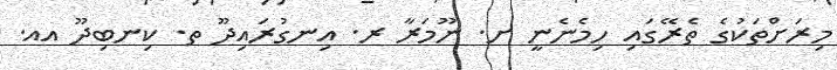
މިރަށްތަކުގެ ތެރޭގައި ހިމެނެނީ ށ. ނޫމަރާ ރ. އިނގުރައިދޫ ތ. ކިނބިދޫ އއ.